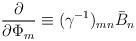
LaTeX: \begin{align*}\frac{\partial}{\partial \Phi_{m}} \equiv (\gamma^{-1})_{mn}\bar{B}_{n} \end{align*}